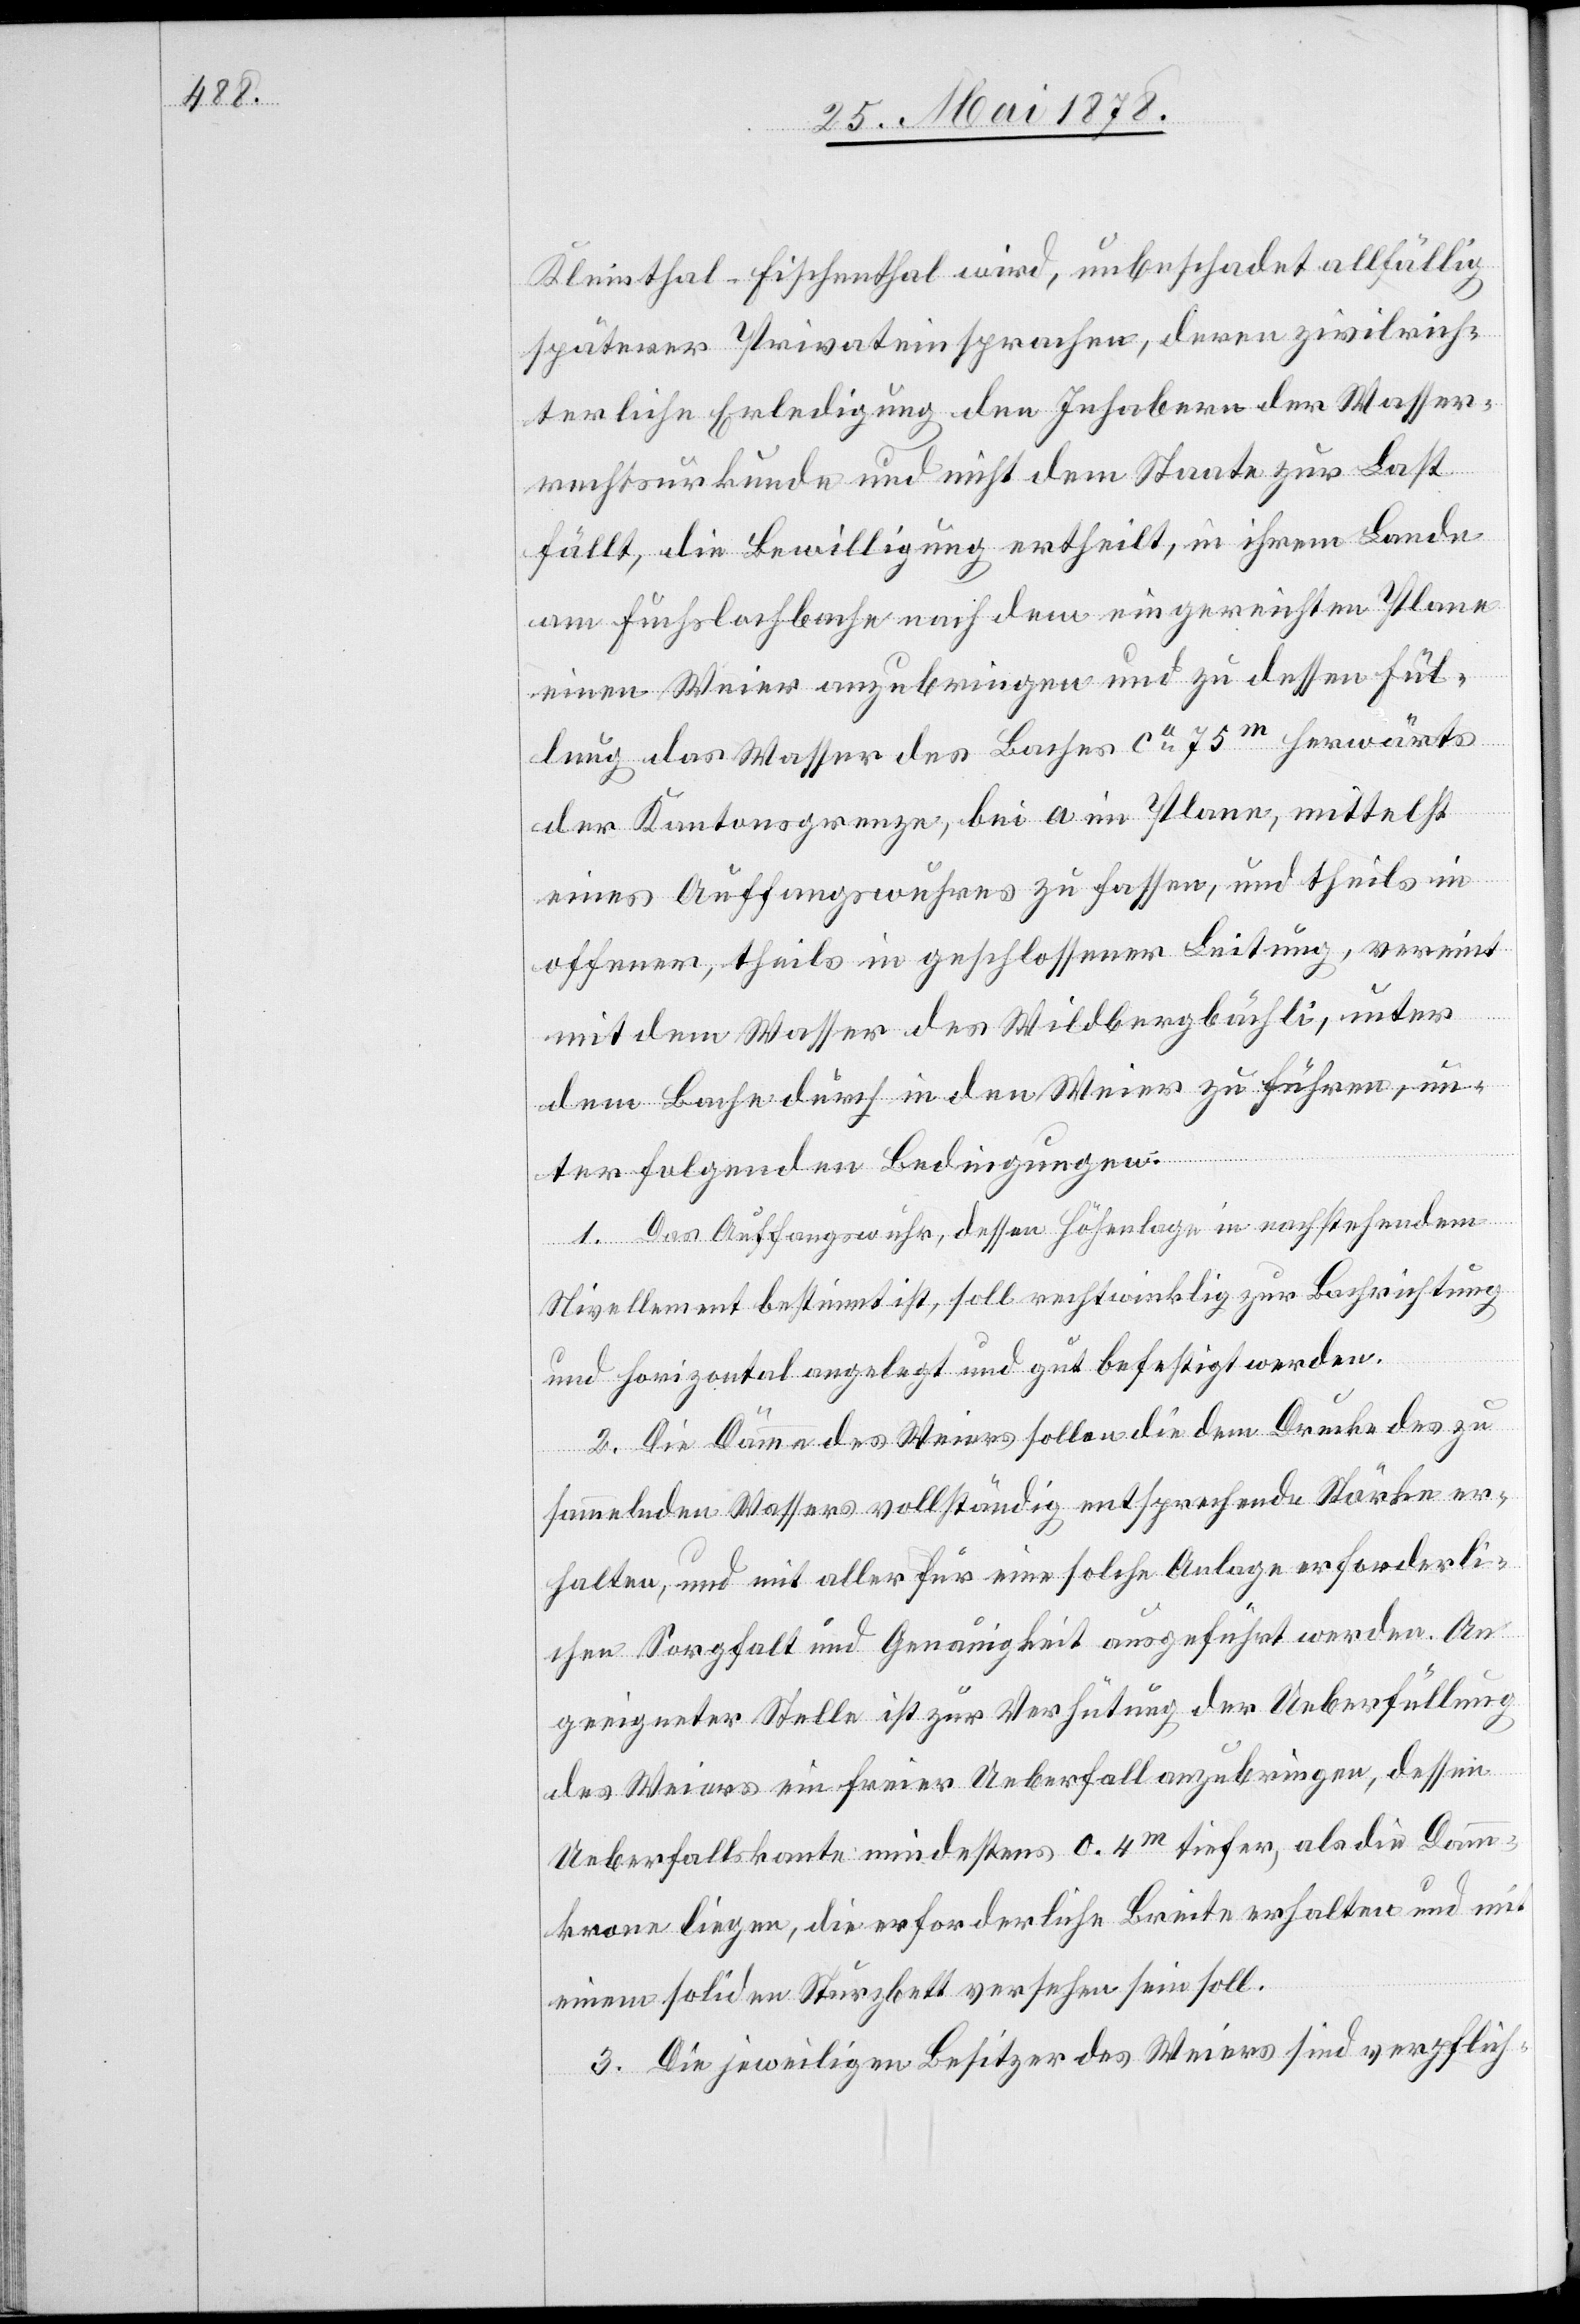
Kleinthal - Fischenthal wird, unbeschadet allfällig
späterer Privateinsprachen, deren zivilrich¬
terliche Erledigung den Inhabern der Wasser¬
rechtsurkunde und nicht dem Staate zur Last
fällt, die Bewilligung ertheilt, in ihrem Banne
am Fuchslochbache nach dem eingereichten Plane
einen Weier anzubringen und zu dessen Fül¬
lung das Wasser des Baches ca 75m herwärts
der Kantonsgrenze, bei a im Plane, mittelst
eines Auffangswuhres zu fassen, und theils in
offener, theils in geschlossener Leitung, vereint
mit dem Wasser des Wildbergbächli, unter
dem Laufe durch in den Weier zu führen, un¬
ter folgenden Bedingungen:
1. Das Auffangswuhr, dessen Höhenlage in nachstehendem
Nivellement bestimmt ist, soll rechtwinklig zur Bachrichtung
und horizontal angelegt und gut befestigt werden.
2. Die Dämme des Weiers sollen die dem Drucke des zu
sammelnden Wassers vollständig entsprechende Stärke er¬
halten, und mit aller für eine solche Anlage erforderli¬
chen Sorgfalt und Genauigkeit ausgeführt werden. An
geeigneter Stelle ist zur Verhütung der Ueberfüllung
des Weiers ein freier Ueberfall anzubringen, dessen
Ueberfallskante mindestens 0.4m tiefer, als die Damm¬
krone liegen, die erforderliche Breite erhalten und mit
einem soliden Sturzbett versehen sein soll.
3. Die jeweiligen Besitzer des Weiers sind verpflich-